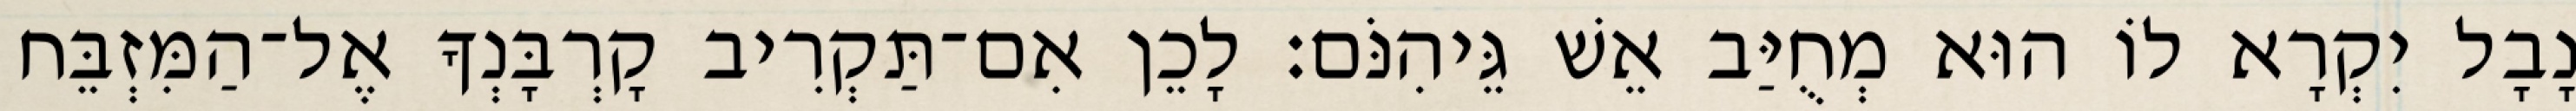
נָבָל יִקְרָא לוֹ הוּא מְחֻיַּב אֵשׁ גֵּיהִנֹּם׃ לָכֵן אִם־תַּקְרִיב קָרְבָּנְךָ אֶל־הַמִּזְבֵּח